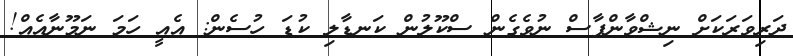
ދަރިވަރަކަށް ނިޝްވާންފާސް ނުވެގެން ސްކޫލުން ކަނޑާލި ކުޑަ ހުސެން: އެއީ ހަމަ ނަމޫނާއެއް!